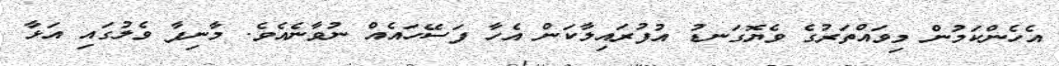
އެހެންކަމުން މިވައްތަރުގެ ވެޔޮގަނޑު އުފުރައިލާކަން އެހާ ފަސޭހައެއް ނުވާނެއެވެ. މާނިފާ ވެލުގައި އަޅާ